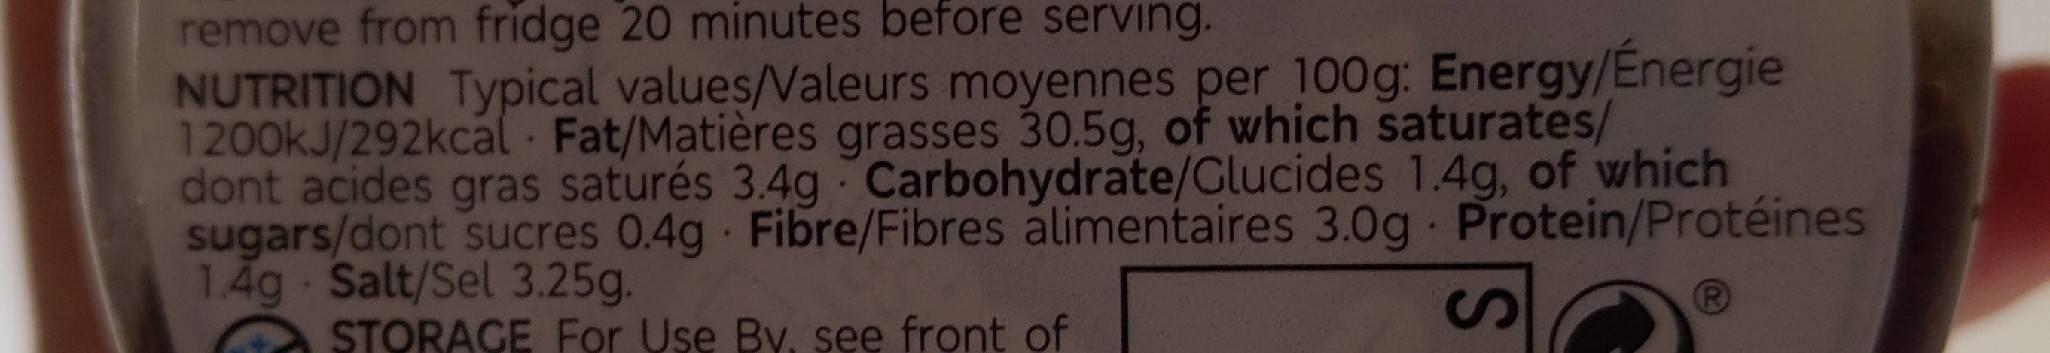
remove from fridge 20 minutes before serving. NUTRITION Typical values/Valeurs moyennes per 100g: Energy/Energie 1200KJ/292kcal Fat/Matières grasses 30.5g, of which saturates/ dont acides gras saturés 3.4g Carbohydrate/Glucides 1.4g, of which sugars/dont sucres 0.4g Fibre/Fibres alimentaires 3.0g Protein/Protéines 1.4g Salt/Sel 3.25g. STORAGE For Use By. see front of